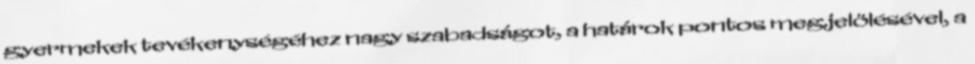
gyermekek tevékenységéhez nagy szabadságot, a határok pontos megjelölésével, a